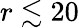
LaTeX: r\lesssim 20